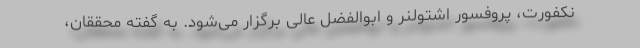
نکفورت، پروفسور اشتولنر و ابوالفضل عالی برگزار می‌شود. به گفته محققان،